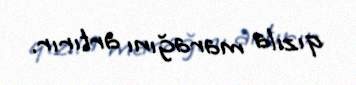
qızıla marağını artırır.